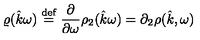
\varrho ( \hat { k } \omega ) \stackrel { \mathrm { d e f } } { = } \frac { \partial } { \partial \omega } \rho _ { 2 } ( \hat { k } \omega ) = \partial _ { 2 } \rho ( \hat { k } , \omega )